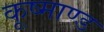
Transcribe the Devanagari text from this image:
कूष्माण्ड